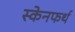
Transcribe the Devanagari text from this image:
स्केनफर्थ